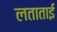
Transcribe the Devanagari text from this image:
लताताई